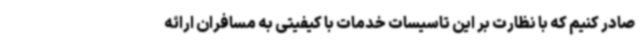
صادر کنیم که با نظارت بر این تاسیسات خدمات با کیفیتی به مسافران ارائه